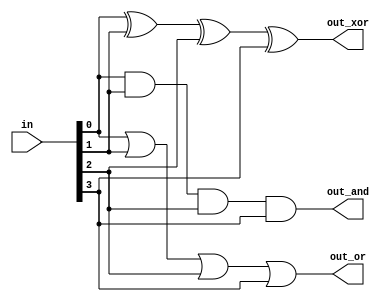
module top_module( 
    input [3:0] in,
    output out_and,
    output out_or,
    output out_xor
);

    and and1(out_and, in[0],in[1],in[2],in[3]);
    or  or1 (out_or , in[0],in[1],in[2],in[3]);
    xor xor1(out_xor, in[0],in[1],in[2],in[3]);
endmodule